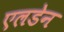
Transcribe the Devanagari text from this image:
एलडेन